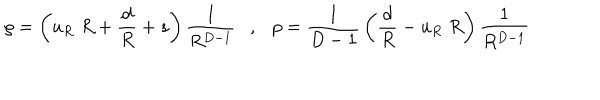
LaTeX: \rho = \left( u _ { R } \; R + { \frac { d } { R } } + s \right) { \frac { 1 } { R ^ { D - 1 } } } , p = { \frac { 1 } { D - 1 } } \left( { \frac { d } { R } } - u _ { R } \; R \right) { \frac { 1 } { R ^ { D - 1 } } }